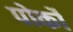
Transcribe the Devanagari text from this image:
पोर्को